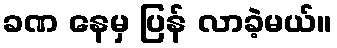
ခဏ နေမှ ပြန် လာခဲ့မယ်။